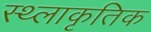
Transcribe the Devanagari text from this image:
स्थ्लाकृतिक